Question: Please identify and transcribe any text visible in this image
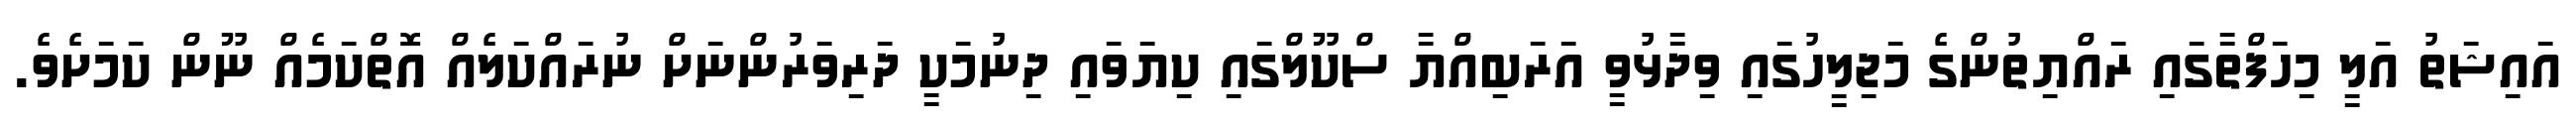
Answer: އައިޝަތު އަލީ މިހަފްތާގައި ރައްޔިތުންގެ މަޖިލީހުގައި ވިދާޅުވީ އަރަބިއްޔާ ސްކޫލްގައި ކިޔަވައި ދިނުމަކީ ދަރިވަރުންނަށް ނުރައްކަލެއް އޮތްކަމެއް ނޫން ކަމަށެވެ.